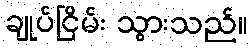
ချုပ်ငြိမ်း သွားသည်။